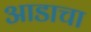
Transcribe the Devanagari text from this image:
आडाचा